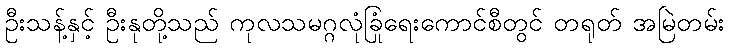
ဦးသန့်နှင့် ဦးနုတို့သည် ကုလသမဂ္ဂလုံခြုံရေးကောင်စီတွင် တရုတ် အမြဲတမ်း